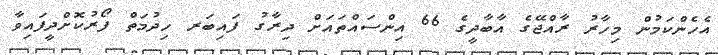
އެހެންކަމުން މިހާރު ރާއްޖޭގެ އާބާދީގެ 66 އިންސައްތައަށް ދިރާގު ފައިބަރ ހިދުމަތް ފޯރުކޮށްދީފައިވާ